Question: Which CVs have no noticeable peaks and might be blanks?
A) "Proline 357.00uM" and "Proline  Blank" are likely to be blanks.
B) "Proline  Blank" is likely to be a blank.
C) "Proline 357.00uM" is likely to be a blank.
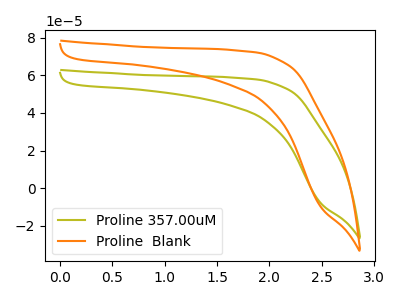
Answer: <think>The olive curve "Proline 357.00uM" has no peaks. The orange curve "Proline  Blank" has no peaks.</think>
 <answer>A) "Proline 357.00uM" and "Proline  Blank" are likely to be blanks.</answer>
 <eval>A</eval>